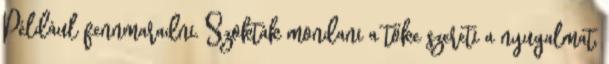
Például fennmaradni. Szokták mondani a tőke szereti a nyugalmat,